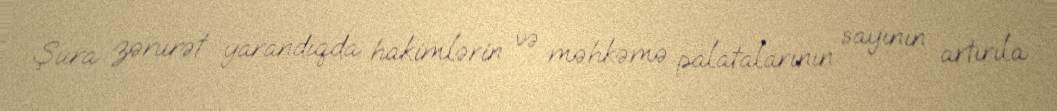
Şura zərurət yarandıqda hakimlərin və məhkəmə palatalarının sayının artırıla